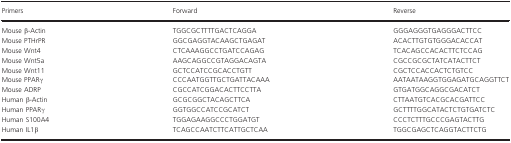
<table><thead><tr><td><b>Primers</b></td><td><b>Forward</b></td><td><b>Reverse</b></td></tr></thead><tbody><tr><td>Mouse β-Actin</td><td>TGGCGCTTTTGACTCAGGA</td><td>GGGAGGGTGAGGGACTTCC</td></tr><tr><td>Mouse PTHrPR</td><td>GGCGAGGTACAAGCTGAGAT</td><td>ACACTTGTGTGGGACACCAT</td></tr><tr><td>Mouse Wnt4</td><td>CTCAAAGGCCTGATCCAGAG</td><td>TCACAGCCACACTTCTCCAG</td></tr><tr><td>Mouse Wnt5a</td><td>AAGCAGGCCGTAGGACAGTA</td><td>CGCCGCGCTATCATACTTCT</td></tr><tr><td>Mouse Wnt11</td><td>GCTCCATCCGCACCTGTT</td><td>CGCTCCACCACTCTGTCC</td></tr><tr><td>Mouse PPARγ</td><td>CCCAATGGTTGCTGATTACAAA</td><td>AATAATAAGGTGGAGATGCAGGTTCT</td></tr><tr><td>Mouse ADRP</td><td>CGCCATCGGACACTTCCTTA</td><td>GTGATGGCAGGCGACATCT</td></tr><tr><td>Human β-Actin</td><td>GCGCGGCTACAGCTTCA</td><td>CTTAATGTCACGCACGATTCC</td></tr><tr><td>Human PPARγ</td><td>GGTGGCCATCCGCATCT</td><td>GCTTTTGGCATACTCTGTGATCTC</td></tr><tr><td>Human S100A4</td><td>TGGAGAAGGCCCTGGATGT</td><td>CCCTCTTTGCCCGAGTACTTG</td></tr><tr><td>Human IL1β</td><td>TCAGCCAATCTTCATTGCTCAA</td><td>TGGCGAGCTCAGGTACTTCTG</td></tr></tbody></table>